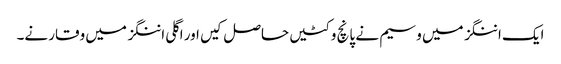
ایک اننگز میں وسیم نے پانچ وکٹیں حاصل کیں اور اگلی اننگز میں وقار نے۔